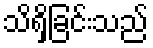
သိရှိခြင်းသည်